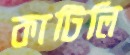
কাটিলি